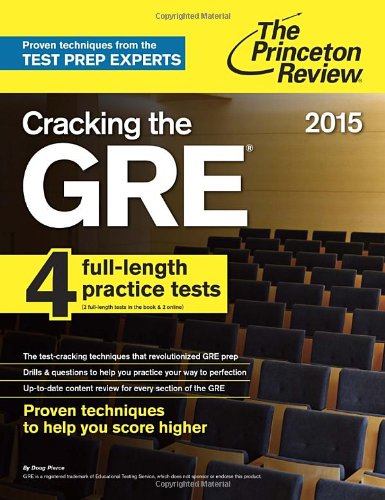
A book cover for Cracking the GRE with 4 Practice Tests, 2015 Edition (Graduate School Test Preparation); Princeton Review; Test Preparation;